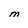
Character: M